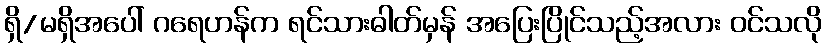
ရှိ/မရှိအပေါ် ဂရေဟန်က ရင်သားဓါတ်မှန် အပြေးပြိုင်သည့်အလား ဝင်သလို